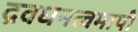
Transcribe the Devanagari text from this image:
द्रवधनत्वमापी